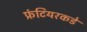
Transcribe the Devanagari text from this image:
फ्रंटियरकडे